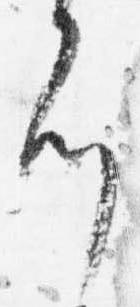
刻